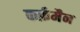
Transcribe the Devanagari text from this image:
कर्फ़मैन